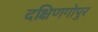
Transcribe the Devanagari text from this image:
दक्षिणगोपुर